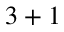
3 + 1